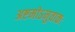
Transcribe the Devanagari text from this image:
अष्टमोऽनुवाकः